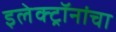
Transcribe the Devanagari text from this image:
इलेक्ट्रॉनांचा